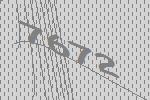
7672